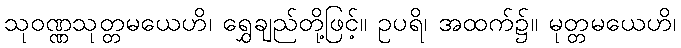
သုဝဏ္ဏသုတ္တမယေဟိ၊ ရွှေချည်တို့ဖြင့်။ ဥပရိ၊ အထက်၌။ မုတ္တမယေဟိ၊